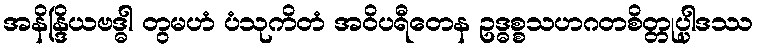
အနိန္ဒြိယဗဒ္ဓါ တွမဟံ ပံသုကိတံ အဝိပရီတေန ဥဒ္ဓစ္စသဟဂတစိတ္တုပ္ပါဒဿ